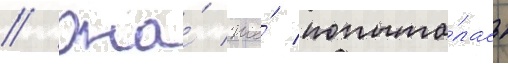
// Она́ же́ попыта́лась